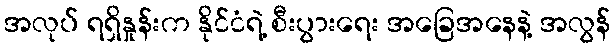
အလုပ် ရရှိနှုန်းက နိုင်ငံရဲ့ စီးပွားရေး အခြေအနေနဲ့ အလွန်